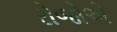
રોજોએ